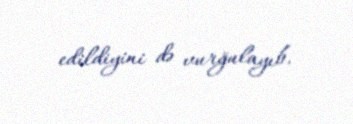
edildiyini də vurğulayıb.